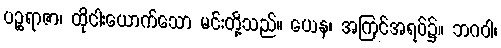
ပဉ္စရာဇာ၊ ထိုငါးယောက်သော မင်းတို့သည်။ ယေန၊ အကြင်အရပ်၌။ ဘဂဝါ၊